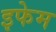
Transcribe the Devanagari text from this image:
इफेम